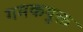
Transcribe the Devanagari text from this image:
गमकयुक्त